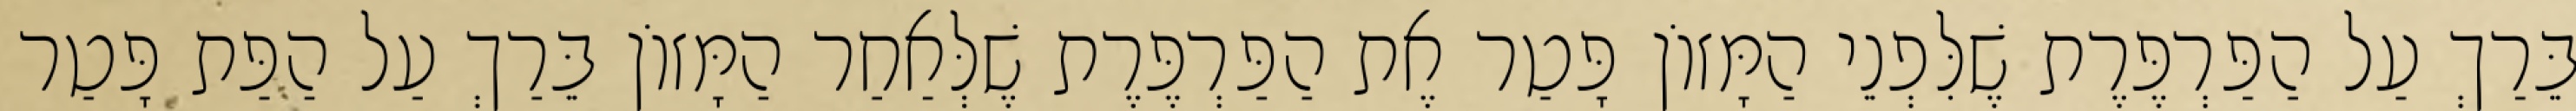
בֵּרַךְ עַל הַפַּרְפֶּרֶת שֶׁלִּפְנֵי הַמָּזוֹן פָּטַר אֶת הַפַּרְפֶּרֶת שֶׁלְּאַחַר הַמָּזוֹן בֵּרַךְ עַל הַפַּת פָּטַר